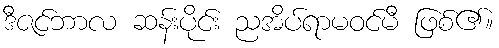
ဒီဇင်ဘာလ ဆန်းပိုင်း ညအိပ်ရာမဝင်မီ ဖြစ်၏။